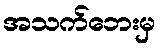
အသက်ဘေးမှ